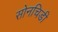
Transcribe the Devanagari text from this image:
सोनचिडी